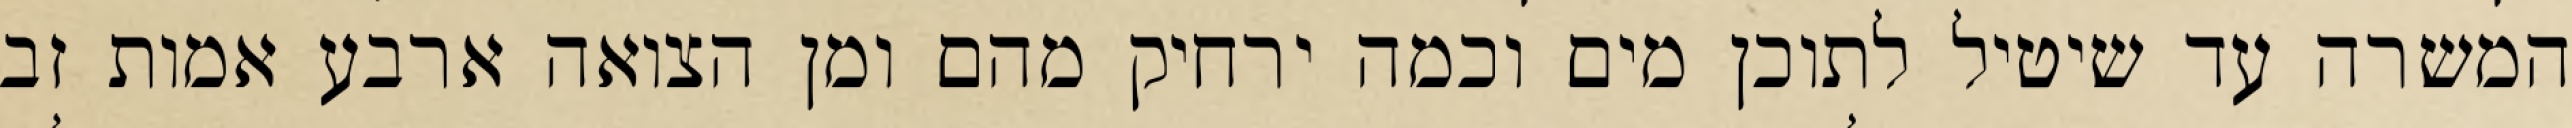
המשרה עד שיטיל לתוכן מים וכמה ירחיק מהם ומן הצואה ארבע אמות זב